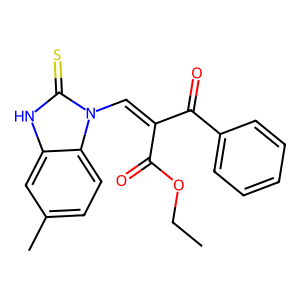
SMILES: CCOC(=O)C(=Cn1c(=S)[nH]c2cc(C)ccc21)C(=O)c1ccccc1
Inhibits HIV replication: No